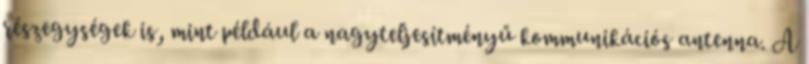
részegységek is, mint például a nagyteljesítményű kommunikációs antenna. A